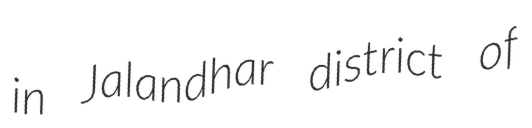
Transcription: in Jalandhar district of